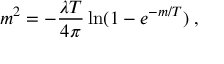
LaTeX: m ^ { 2 } = - \frac { \lambda T } { 4 \pi } \ln ( 1 - e ^ { - m / T } ) \; ,